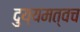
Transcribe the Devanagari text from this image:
दुय्यमत्वच